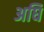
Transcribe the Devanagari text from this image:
अघि